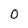
Character: 0